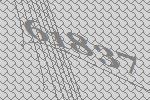
61837